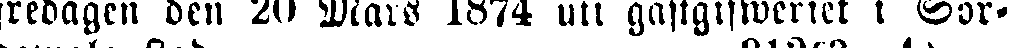
fredagen den 20 Mars 1874 uti gästgifweriet i Sor-